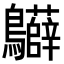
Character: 𪈙